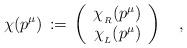
LaTeX: \begin{align*}\chi(p^\mu) \,:=\,\left(\begin{array}{c}\chi_{_R}(p^\mu)\\\chi_{_L}(p^\mu)\end{array}\right)\quad,\end{align*}